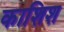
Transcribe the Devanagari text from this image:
काशिश